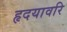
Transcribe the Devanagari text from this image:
हृदयावरि